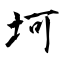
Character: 坷